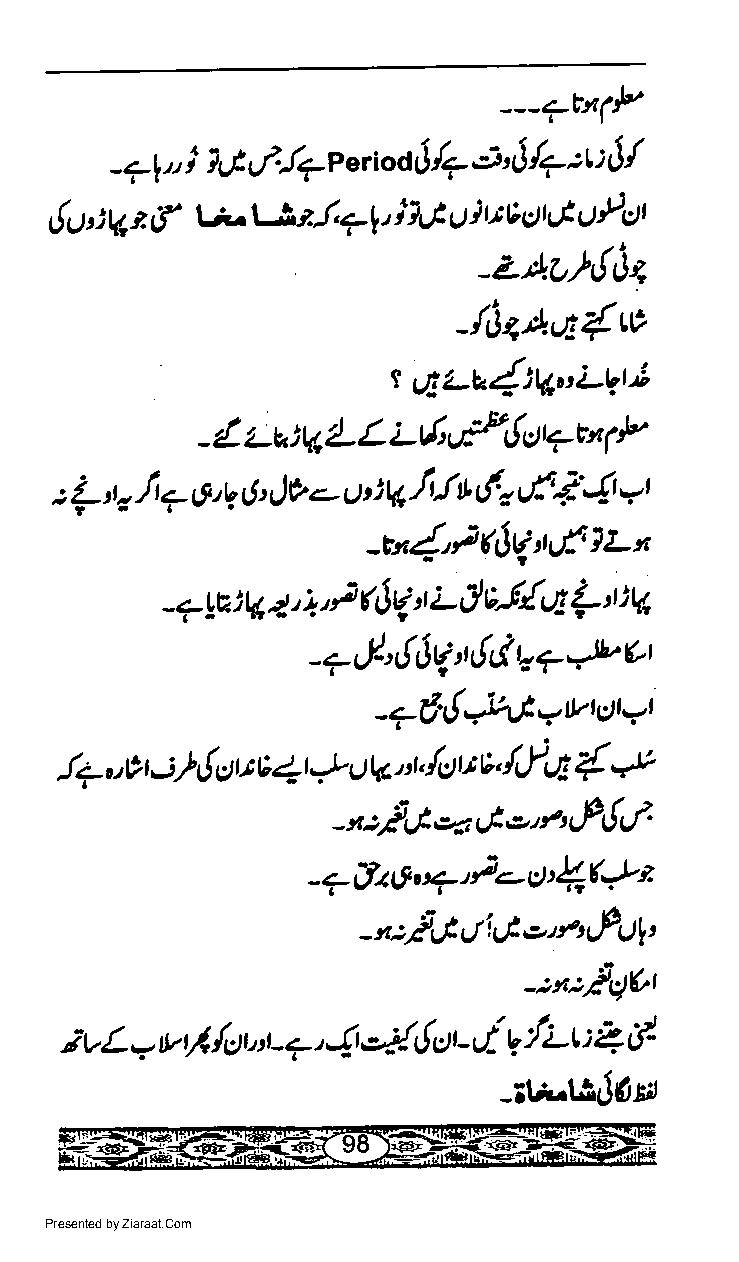
---?tndl
 71. i lj e/'!7e et ioaU 7 J, [ /7 :t : $
 -
 t! v-lJ{,71'
 &t,:Vz                 )1G tt }rtricttrJ uPcl
 -Z'ct'r',A!ia,
 -/ia,A,n{$
 s
 ''Ez-a{i4'Lvul
 i-6Ap,!rt4t'
 4 t-utq 4- L              1)'
 -
 : L t lt 7 6,1 t!, t)v L u i V'f{ L 6.,,('}: $tl
 a
 -t4'tt\q*,flzx
 -7yilr4 f i'P ( $g'r L tl t-ilrt {l t4
 ('l
 7  J-,! Jq 6'l'' ? 4L'
 -
 "
 '+€'t!*tlj'tY'ttt-'t
 !7.C  -:fi       -t4tql{    vl i e| { *
 ctu e 4t       Uu
 r
 -x:j'Jq'Jo'n,f{c,t
 -7Jz8'ry'i'g'{('-t-.  e
 o'r' tf:lr,'
 rti G
 - ":?tl
 -:n:/p1br
 ivL  - vtl lou,t- +, 4 o{6ot - i y';-t : 1,}
 V
 -iti-tj,J(ttn
 Presented by Ziaraat.Com